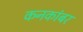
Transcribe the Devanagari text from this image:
कनकांबर